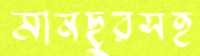
মানছুরসহ